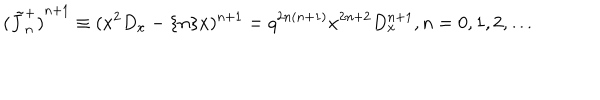
LaTeX: { ( \tilde { J } _ { n } ^ { + } ) } ^ { n + 1 } \equiv ( x ^ { 2 } D _ { x } - \{ n \} x ) ^ { n + 1 } = q ^ { 2 n ( n + 1 ) } x ^ { 2 n + 2 } D _ { x } ^ { n + 1 } , n = 0 , 1 , 2 , \ldots